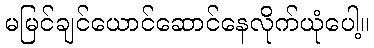
မမြင်ချင်ယောင်ဆောင်နေလိုက်ယုံပေါ့။